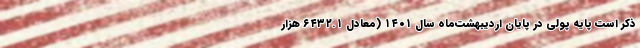
ذکر است پایه پولی در پایان اردیبهشت‌ماه سال ۱۴۰۱ (معادل ۶۴۳۲.۱ هزار